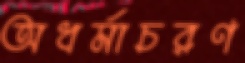
অধর্মাচরণ